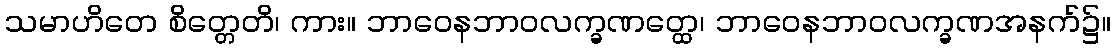
သမာဟိတေ စိတ္တေတိ၊ ကား။ ဘာဝေနဘာဝလက္ခဏတ္ထေ၊ ဘာဝေနဘာဝလက္ခဏအနက်၌။